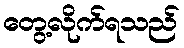
တွေ့လိုက်ရသည်